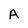
Character: A